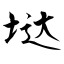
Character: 垯